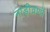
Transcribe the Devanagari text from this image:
नाड़ीव्रणों